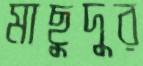
মাছুদুর